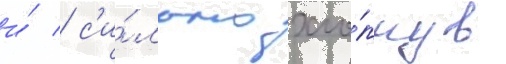
и́ / с'и́льно хло́пнув